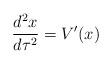
LaTeX: \begin{align*}{{d^2x} \over {d\tau^2}} = V^{\prime}(x)\end{align*}